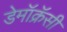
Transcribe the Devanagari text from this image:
डेमॉक्रॅसी